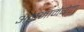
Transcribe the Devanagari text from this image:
अलमामेग्रेटा